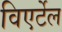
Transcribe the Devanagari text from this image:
विएर्टेल